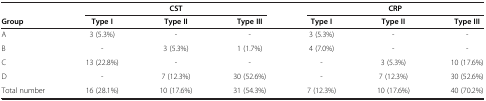
|  | <COLSPAN=3> CST | <COLSPAN=3> CRP |
 | Group | Type I | Type II | Type III | Type I | Type II | Type III |
 | --- | --- | --- | --- | --- | --- | --- |
 | A | 3 (5.3%) | - | - | 3 (5.3%) | - | - |
 | B | - | 3 (5.3%) | 1 (1.7%) | 4 (7.0%) | - | - |
 | C | 13 (22.8%) | - | - | - | 3 (5.3%) | 10 (17.6%) |
 | D | - | 7 (12.3%) | 30 (52.6%) | - | 7 (12.3%) | 30 (52.6%) |
 | Total number | 16 (28.1%) | 10 (17.6%) | 31 (54.3%) | 7 (12.3%) | 10 (17.6%) | 40 (70.2%) |